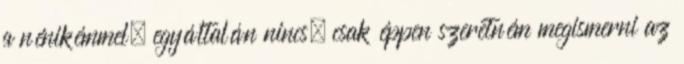
a nénikémmel, egyáltalán nincs, csak éppen szeretném megismerni az